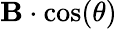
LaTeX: \displaystyle\mathbf{B}\cdot\cos(\theta)